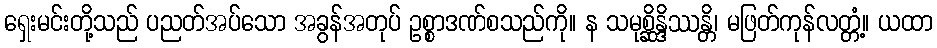
ရှေးမင်းတို့သည် ပညတ်အပ်သော အခွန်အတုပ် ဥစ္စာဒဏ်စသည်ကို။ န သမုစ္ဆိန္ဒိဿန္တိ၊ မဖြတ်ကုန်လတ္တံ့။ ယထာ